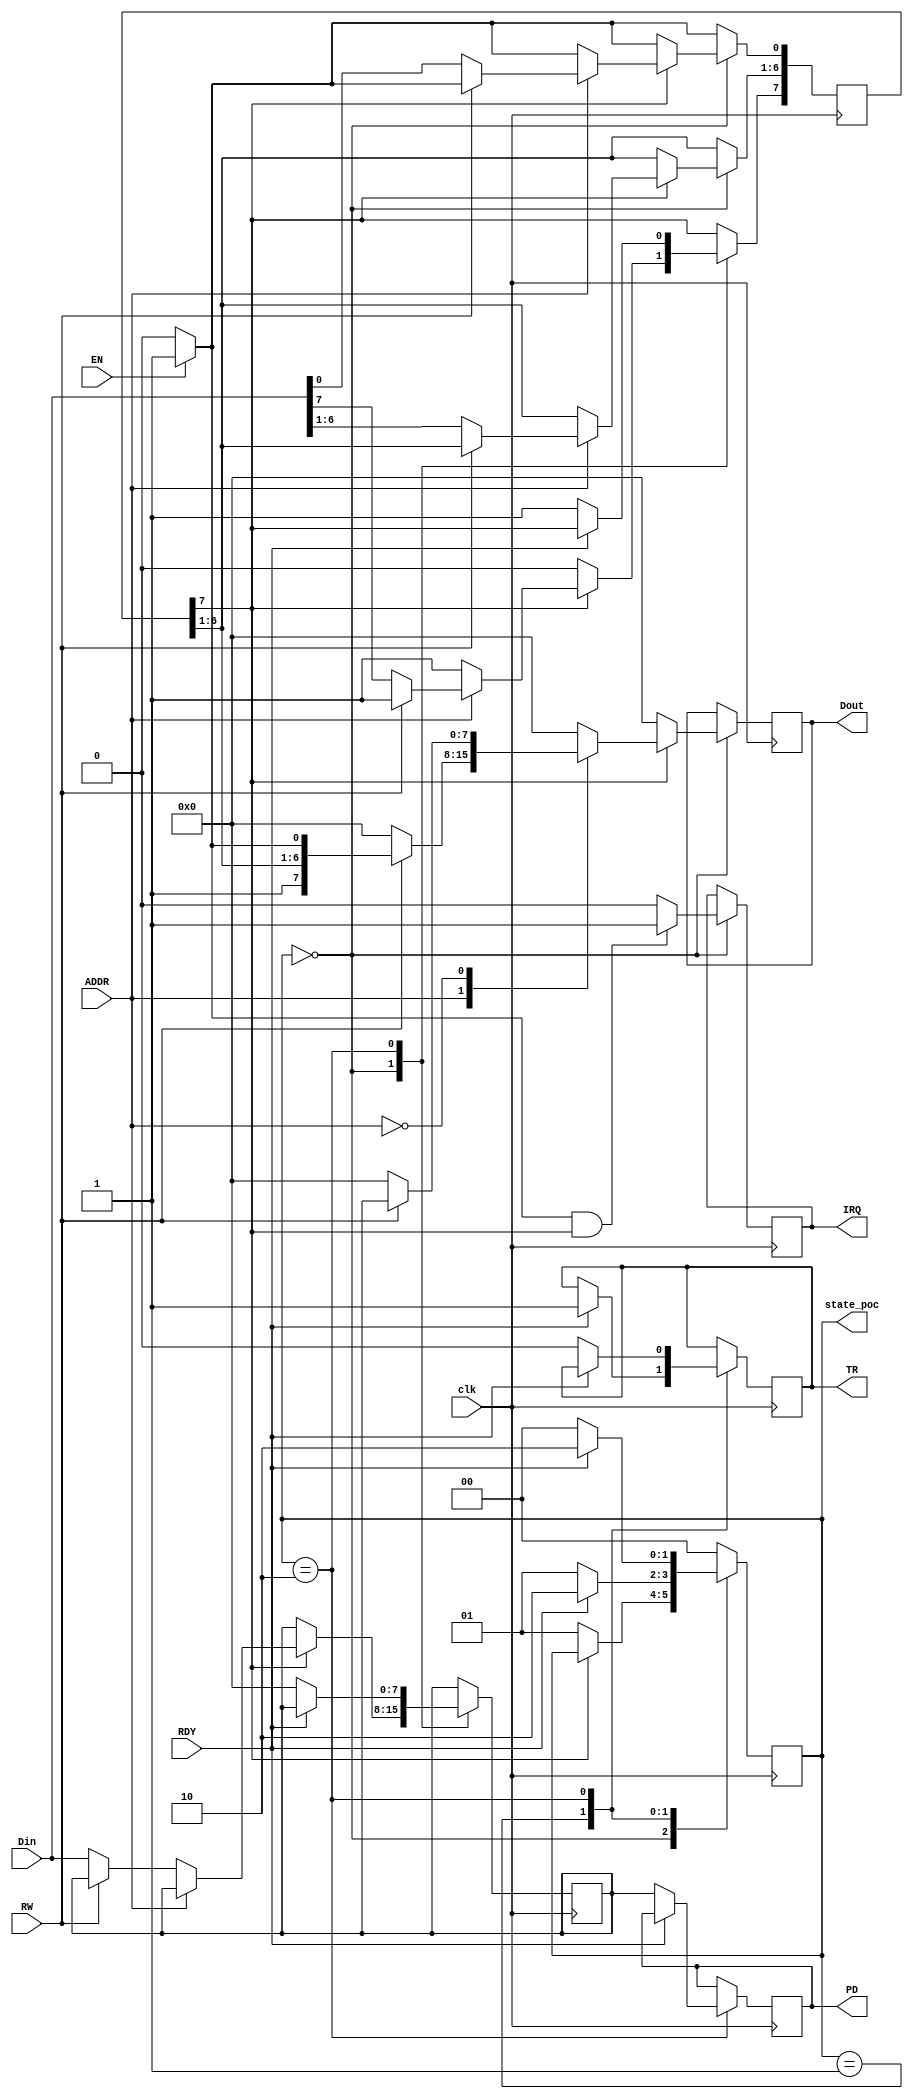
`timescale 1ns / 1ps
//////////////////////////////////////////////////////////////////////////////////
// Company: 
// Engineer: 
// 
// Design Name: 
// Module Name: poc
// Project Name: 
// Target Devices: 
// Tool Versions: 
// Description: 
// 
// Dependencies: 
// 
// Revision:
// Revision 0.01 - File Created
// Additional Comments:
// 
//////////////////////////////////////////////////////////////////////////////////


module poc(
    input clk,
    input ADDR,
    output [7:0] Dout,
    input [7:0] Din,
    input RW,   //10
    output IRQ,
    input EN,    // EN=1
    input RDY,
    output TR,
    output [7:0]PD,
    output [1:0]state_poc
    );
    
    reg [7:0] BR=0;
    reg [7:0] SR=8'b1000_0000;
    reg [7:0] Rout=0;
    reg irq=0;
    
    assign Dout = Rout;
    assign IRQ =irq;
    
    reg [1:0]state=0;
    reg regTR=0;
    reg [7:0]rPD=0;
    
    assign TR = regTR;
    assign PD = rPD;
    assign state_poc = state;
    
    always@(posedge clk)
    begin
        if(EN) begin
            SR[0] = 1;
        end
        else begin
            SR[0] = 0;
        end
        case(state)
            0:begin             //state=0, processor
                Rout <= 0;
                if(SR[0]==1 && SR[7]==1) irq=1;
                else irq=0;
                if(SR[7]==0) state <= 1;
                else begin
                    case(ADDR)
                        1'b1:begin  //SR
                                if(RW) Rout <= SR;
                                else SR <= Din;
                             end
                        1'b0:begin  //BR
                                if(RW) Rout <= BR;
                                else BR <= Din;
                             end
                    endcase
                end
            end
            1:begin             //state=1, 
                if(RDY) begin
                    regTR <= 1;
                    state <= 2;
                end
                else state <= 1;
            end
            2:begin             //state=2, 
                if(RDY==0) begin
                    regTR <= 0;
                    rPD <= BR;
                    SR[7] <= 1;
                    BR <= 0;
                    state <= 0;
                end
                else state <= 2;
            end
            default:begin
                state <= 0;
            end
        endcase
    end
    

    
endmodule